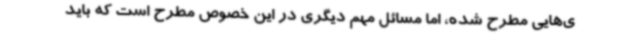
ی‌هایی مطرح شده، اما مسائل مهم دیگری در این خصوص مطرح است که باید